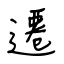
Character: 遷